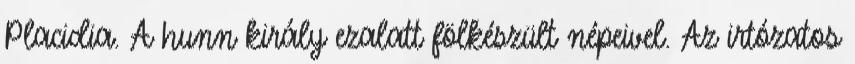
Placidia. A hunn király ezalatt fölkészült népeivel. Az irtózatos